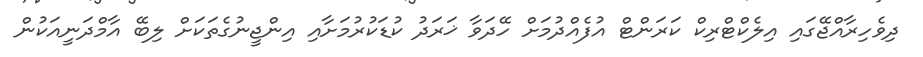
ދިވެހިރާއްޖޭގައި އިލެކްޓްރިކް ކަރަންޓް އުފެއްދުމަށް ހޭދަވާ ޚަރަދު ކުޑަކުރުމަށާއި އިންޖީނުގެތަކަށް ލިބޭ އާމްދަނީއަކުން